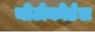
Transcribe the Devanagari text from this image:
नोटोकोर्डल